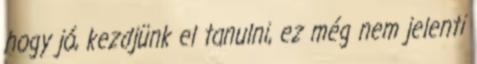
hogy jó, kezdjünk el tanulni, ez még nem jelenti